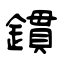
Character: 鏆